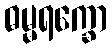
ဓမ္မရက္ခော